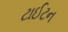
ટાઈટન